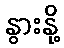
နွားနို့